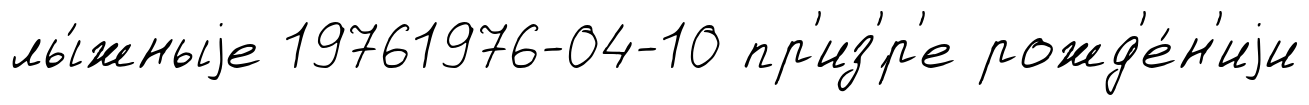
лы́жныjе 19761976-04-10 пр'из'́р'е рожд'е́н'иjи